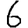
Digit: 6